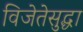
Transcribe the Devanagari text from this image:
विजेतेसुद्धा